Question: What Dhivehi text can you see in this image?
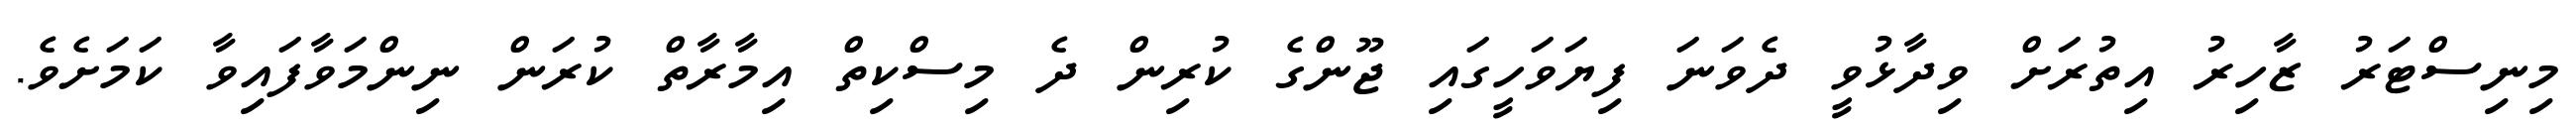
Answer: މިނިސްޓަރު ޒާހިރު އިތުރަށް ވިދާޅުވީ ދެވަނަ ފިޔަވަހީގައި ޖޫންގެ ކުރިން ދެ މިސްކިތް އިމާރާތް ކުރަން ނިންމަވާފައިވާ ކަމަށެވެ.